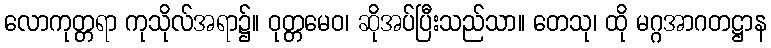
လောကုတ္တရာ ကုသိုလ်အရာ၌။ ဝုတ္တမေဝ၊ ဆိုအပ်ပြီးသည်သာ။ တေသု၊ ထို မဂ္ဂအာဂတဋ္ဌာန